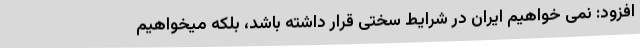
افزود: نمی خواهیم ایران در شرایط سختی قرار داشته باشد، بلکه میخواهیم